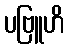
ပဗြူဟိ